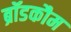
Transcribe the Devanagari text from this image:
ब्रॉडकौम